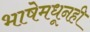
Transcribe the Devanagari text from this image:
भाषेमधूनही